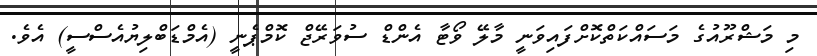
މި މަޝްރޫއުގެ މަސައްކަތްކޮށްފައިވަނީ މާލޭ ވޯޓާ އެންޑް ސުވަރޭޖް ކޮމްޕެނީ (އެމްޑަބްލިޔުއެސްސީ) އެވެ.